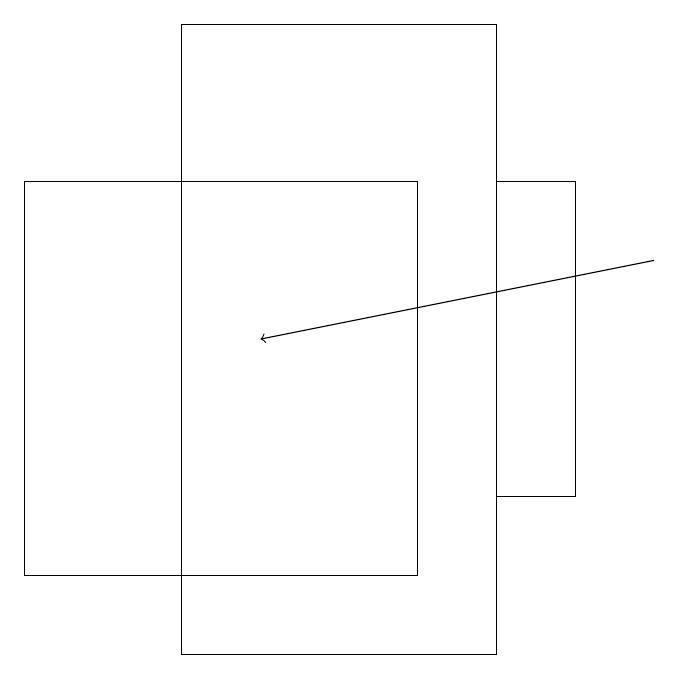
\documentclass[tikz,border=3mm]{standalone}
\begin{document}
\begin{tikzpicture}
\draw[->] (8,16) -- (3,15);
\draw (0,12) rectangle (5,17);
\draw (6,19) rectangle (2,11);
\draw (7,17) rectangle (6,13);
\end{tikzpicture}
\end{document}